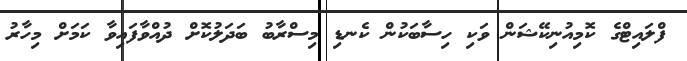
ފްލައިޓްގެ ކޮމިއުނިކޭޝަން ވަކި ހިސާބަކުން ކެނޑި މިސްރާބު ބަދަލުކޮށް ދުއްވާފައިވާ ކަމަށް މިހާރު